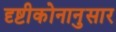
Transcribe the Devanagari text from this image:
दृष्टीकोनानुसार